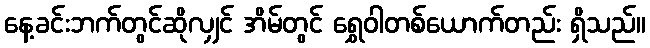
နေ့ခင်းဘက်တွင်ဆိုလျှင် အိမ်တွင် ရွှေဝါတစ်ယောက်တည်း ရှိသည်။